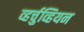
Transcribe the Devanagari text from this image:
व्हर्चुव्हियन